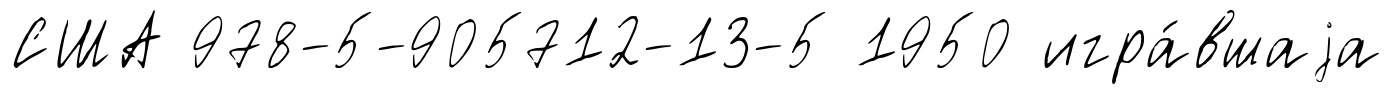
США 978-5-905712-13-5 1950 игра́вшаjа